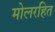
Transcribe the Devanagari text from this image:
मोलरहित